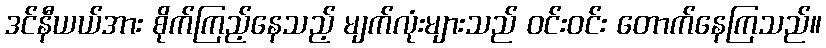
ဒင်နီယယ်အား စိုက်ကြည့်နေသည့် မျက်လုံးများသည် ဝင်းဝင်း တောက်နေကြသည်။